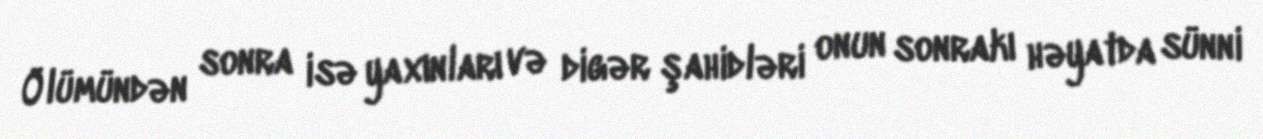
Ölümündən sonra isə yaxınları və digər şahidləri onun sonrakı həyatda sünni